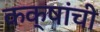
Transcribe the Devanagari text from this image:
कक्षांची